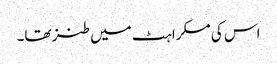
اس کی مسکراہٹ میں طنز تھا۔